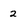
Character: 2